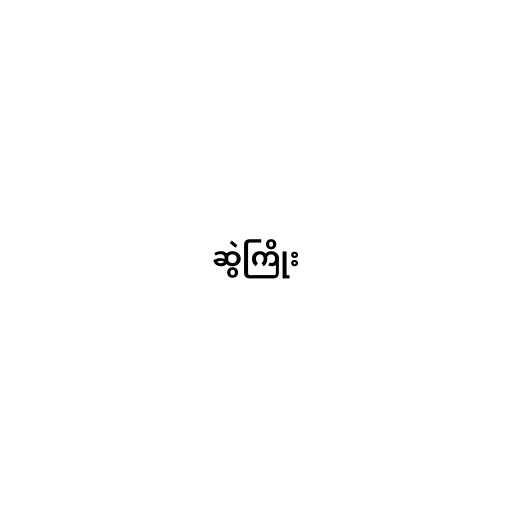
ဆွဲကြိုး